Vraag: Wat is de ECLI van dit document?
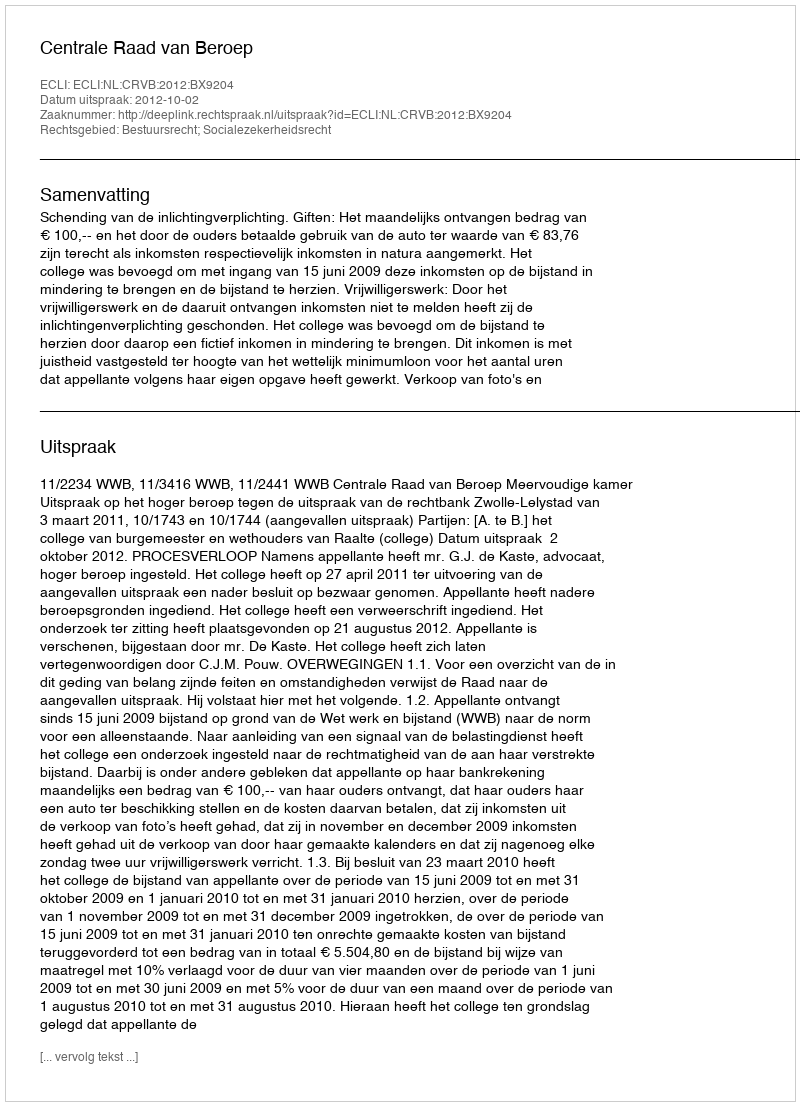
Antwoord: ECLI:NL:CRVB:2012:BX9204